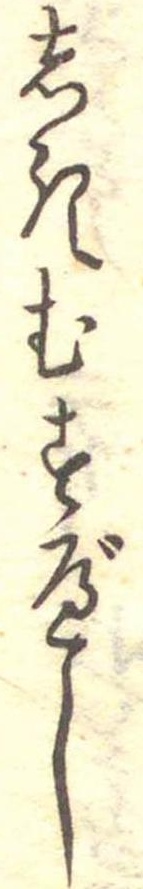
しきむすべし